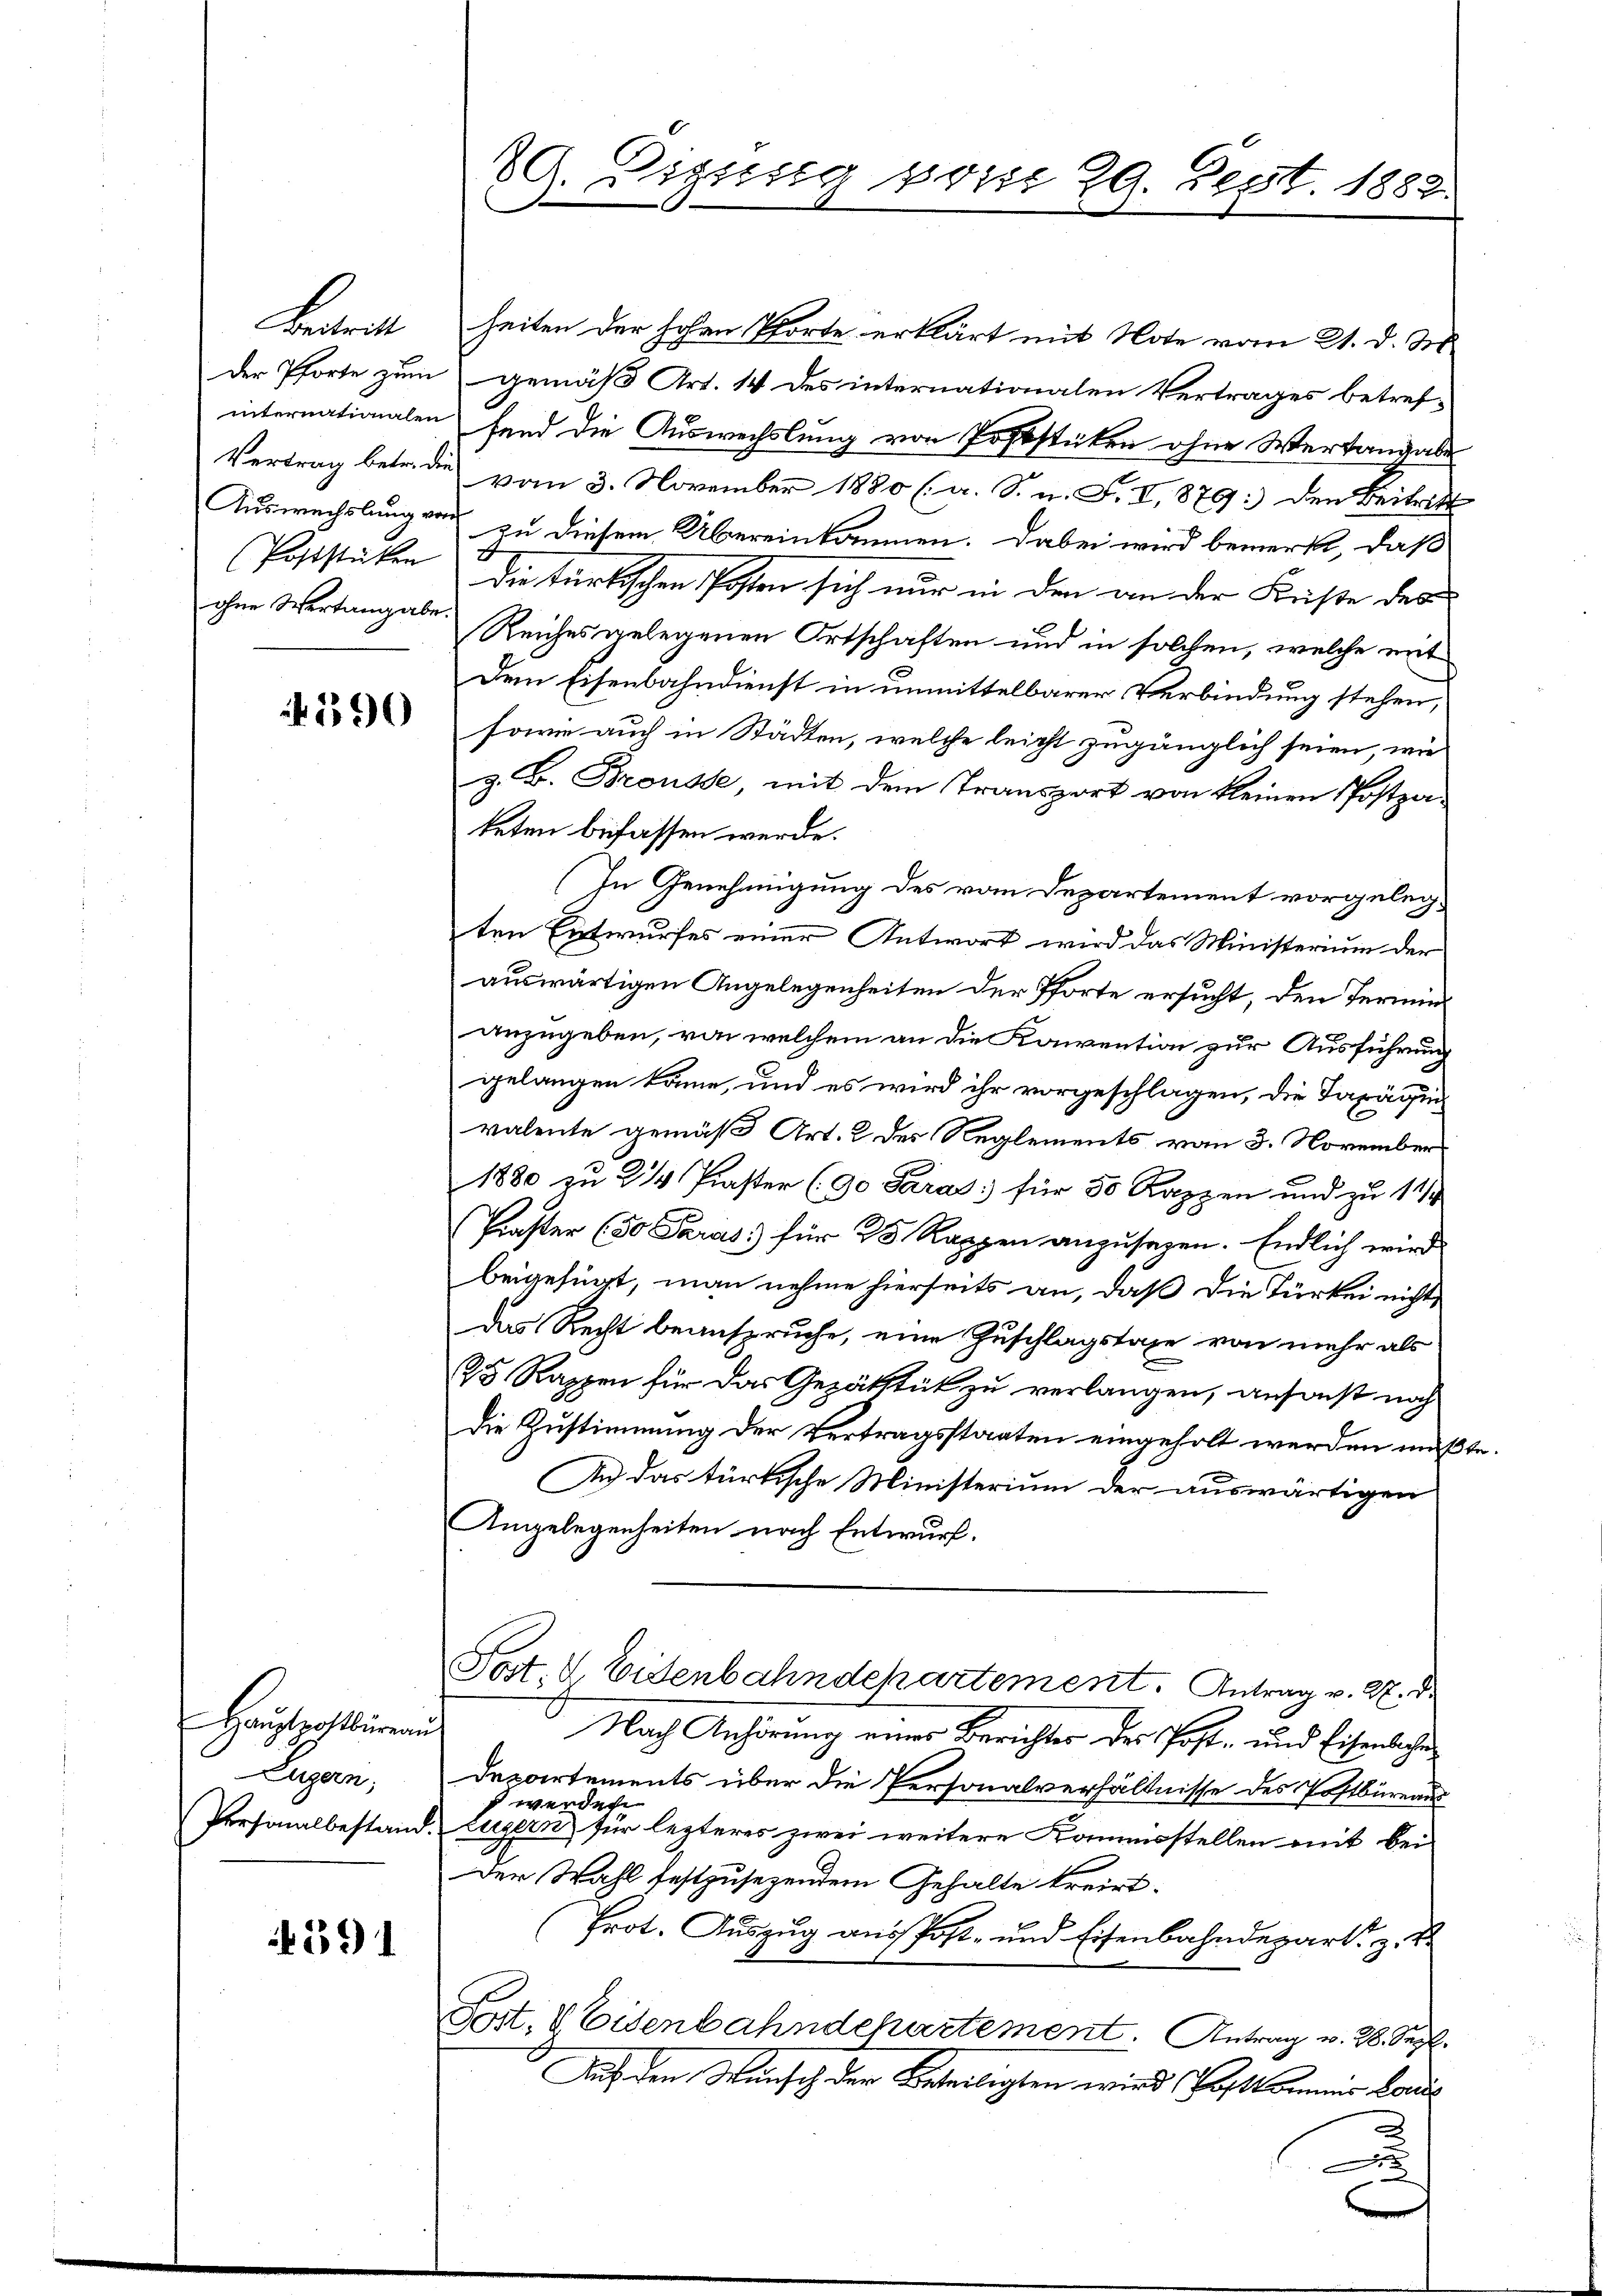
Beatrat
ohne Wertangabe.

190

Hauptzahlbirend
Zugern;

391

29. Dissesig vom 29. Sept. 1882.

heiten der hohen Pforte erklärt mit Note vom 21. d. M.
Der Pforte zum gemäß Art. 14 des internationalen Vertrages betref-
internationalen fand die Auswechslung von Poststücken ohne Wertangabe
Vertrag betr. die vom 3. November 1880 (a. S. n. F. VI, 879: den Beitritt
Auswechslung von zu diesem Übereinkommen. Dabei wird bemerkt, daß
Poststicken die türkischen Posten sich nur in den an der Kriste des
Reiches gelegenen Ortschaften und in solchen, welche mit
Dem Eisenbahndienst in unmittelbarer Verbindung stehen,
sowie auch in Städten, welche leicht zugänglich seien, wie
z. B. Brousse, mit dem Transport von keinen Postzateten befassen werde.
(In Genehmigung des vom Departement vorgelegten Entwurfes einer Antwort wird das Ministerium der
auswärtigen Angelegenheiten der Pforte ersucht, den Terminanzugeben, von welchem an die Konvention zur Ausführung
gelangen könne, und es wird ihr vorgeschlagen, die Taxägin
valente gemäß Art. 2 des Reglements vom 3. November
1880 zu 2/4 Praster (9o Paras; für 50 Kappen und zu 11/
Praster (50 Paras für 20 Rappen anzusagen. Endlich wird
beigefügt, man nehme hierseits an, daß die Türkei nicht
Das Recht beanspruche, eine Zuschlagstaxe von mehr als
25 Rappen für das Gepäbstük zu verlangen, ansonst noch
Die Zustimmung der Vertragsstaaten eingeholt werden müßte.
An das türkische Ministerium der auswärtigen
Angelegenheiten nach Entwurf.
Post, 4 Eidenbahndekartement. Antrag v. 27. d.
Nach Anhörung einer Berichtes des Post- und Eisenbachen
Departements über die Personalverhältnisse des Postbüreaus
 werden
Personalbestand. Luzern für lezteres zwei weitere Kommisstellen mit bei
Der Wahl festzusezendem Gehalte kreist.
Prot. Auszug aus Post- und Eisenbahndepart z.
Post. 8 Eisenbahndchartement. Antrag v. 28. Sept.
Auf den Wunsch der Beteiligten wird, Postkommis Land¬
2